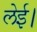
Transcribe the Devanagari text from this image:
लेई।